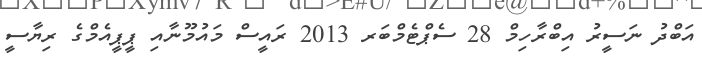
އަބްދު ނަސީރު އިބްރާހިމް 28 ސެޕްޓެމްބަރ 2013 ރައީސް މައުމޫނާއި ޕީޕީއެމްގެ ރިޔާސީ